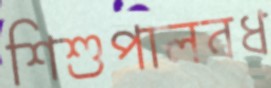
শিশুপালবধ